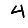
Digit: 4